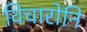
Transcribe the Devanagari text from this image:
विचारोनि